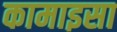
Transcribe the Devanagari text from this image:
कामाइसा